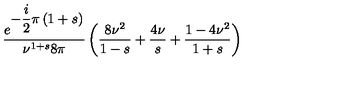
\begin{array} { c } { \displaystyle { \frac { e ^ { \displaystyle { - \frac { i } { 2 } \pi \left( 1 + s \right) } } } { { \nu } ^ { 1 + s } 8 \pi } } \left( \frac { 8 { \nu } ^ { 2 } } { 1 - s } + \frac { 4 \nu } { s } + \frac { 1 - 4 { \nu } ^ { 2 } } { 1 + s } \right) } \\ \end{array}